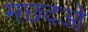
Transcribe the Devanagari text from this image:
मछदओ